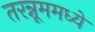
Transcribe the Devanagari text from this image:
तरन्नूममध्ये